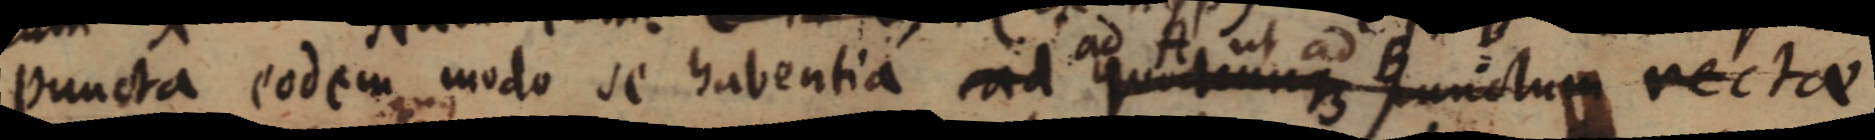
puncta eodem modo se habentia ead quodcunque punctum rectae